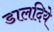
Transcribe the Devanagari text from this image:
डालदिये